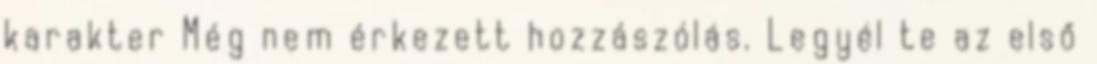
karakter Még nem érkezett hozzászólás. Legyél te az első